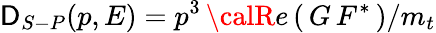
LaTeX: {\cal\mathsf{D}}_{S-P}(p,E)=p^{3}\, {\calR}e\left(\, G\, F^{*}\, \right)/m_{t}